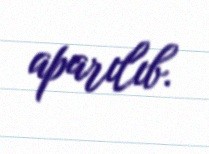
aparılıb.